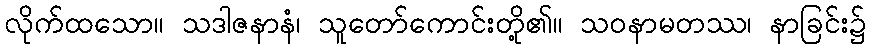
လိုက်ထသော။ သဒါဇနာနံ၊ သူတော်ကောင်းတို့၏။ သဝနာမတဿ၊ နာခြင်း၌